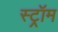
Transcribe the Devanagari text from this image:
स्ट्रॉम